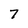
Character: 7